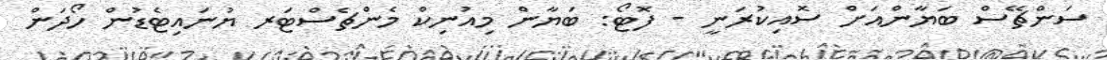
ސަންޗޭސް ބަޔާންއަށް ސޮއިކުރަނީ - ފޮޓޯ: ބަޔާން މިއުނިކް މެންޗެސްޓަރ ޔުނައިޓެޑުން ހޯދަން